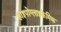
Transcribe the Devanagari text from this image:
हाइपोग्लाइकेमिक